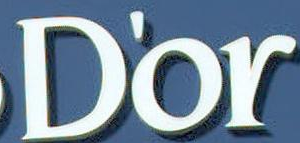
D'or